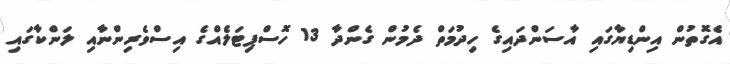
އެގޮތުން އިންޑިޔާގައި އާސަންދައިގެ ހިދުމަތް ދެމުން ގެންދާ 13 ހޮސްޕިޓަލެއްގެ އިސްވެރިންނާއި ލަންކާގައި